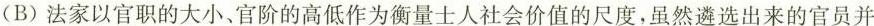
(B)法家以官职的大小，官阶的高低作为衡量士人社会价值的尺度，虽然遴选出来的官员并